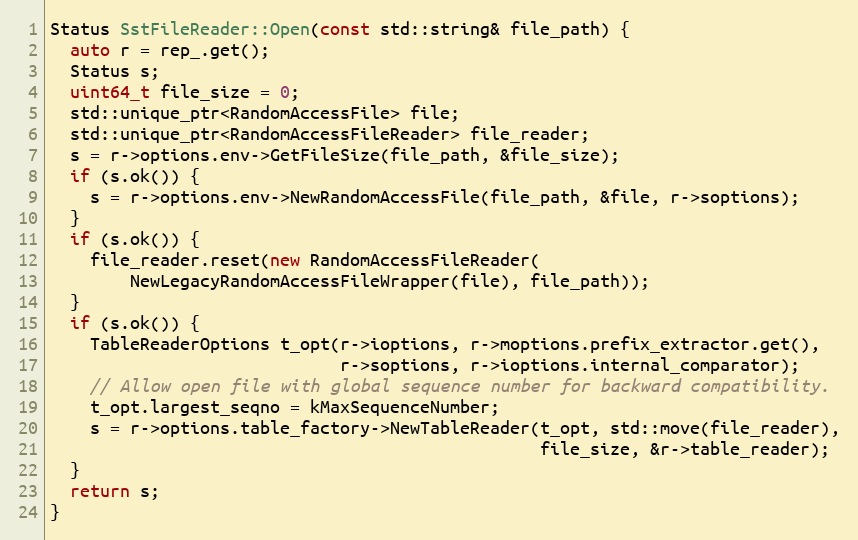
Language: C++
Status SstFileReader::Open(const std::string& file_path) {
  auto r = rep_.get();
  Status s;
  uint64_t file_size = 0;
  std::unique_ptr<RandomAccessFile> file;
  std::unique_ptr<RandomAccessFileReader> file_reader;
  s = r->options.env->GetFileSize(file_path, &file_size);
  if (s.ok()) {
    s = r->options.env->NewRandomAccessFile(file_path, &file, r->soptions);
  }
  if (s.ok()) {
    file_reader.reset(new RandomAccessFileReader(
        NewLegacyRandomAccessFileWrapper(file), file_path));
  }
  if (s.ok()) {
    TableReaderOptions t_opt(r->ioptions, r->moptions.prefix_extractor.get(),
                             r->soptions, r->ioptions.internal_comparator);
    // Allow open file with global sequence number for backward compatibility.
    t_opt.largest_seqno = kMaxSequenceNumber;
    s = r->options.table_factory->NewTableReader(t_opt, std::move(file_reader),
                                                 file_size, &r->table_reader);
  }
  return s;
}